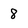
Character: 8